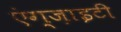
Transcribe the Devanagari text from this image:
एंग्ज़ाइटी